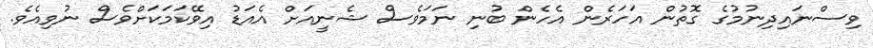
ވިސްނައިދިނުމުގެ ގޮތުން އަހަރެން އެހެން ބުނި ނަމަވެސް ޝެނީއަށް އެއަޑު އިވޭކަމަކަށްވެސް ނުވިއެވެ.